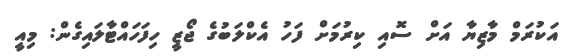
އަކުރަމް މާޒިޔާ އަށް ސޮއި ކިރުމަށް ފަހު އެކްލަބުގެ ޖޯޒީ ހިފަހައްޓާލައިގެން: މިއީ